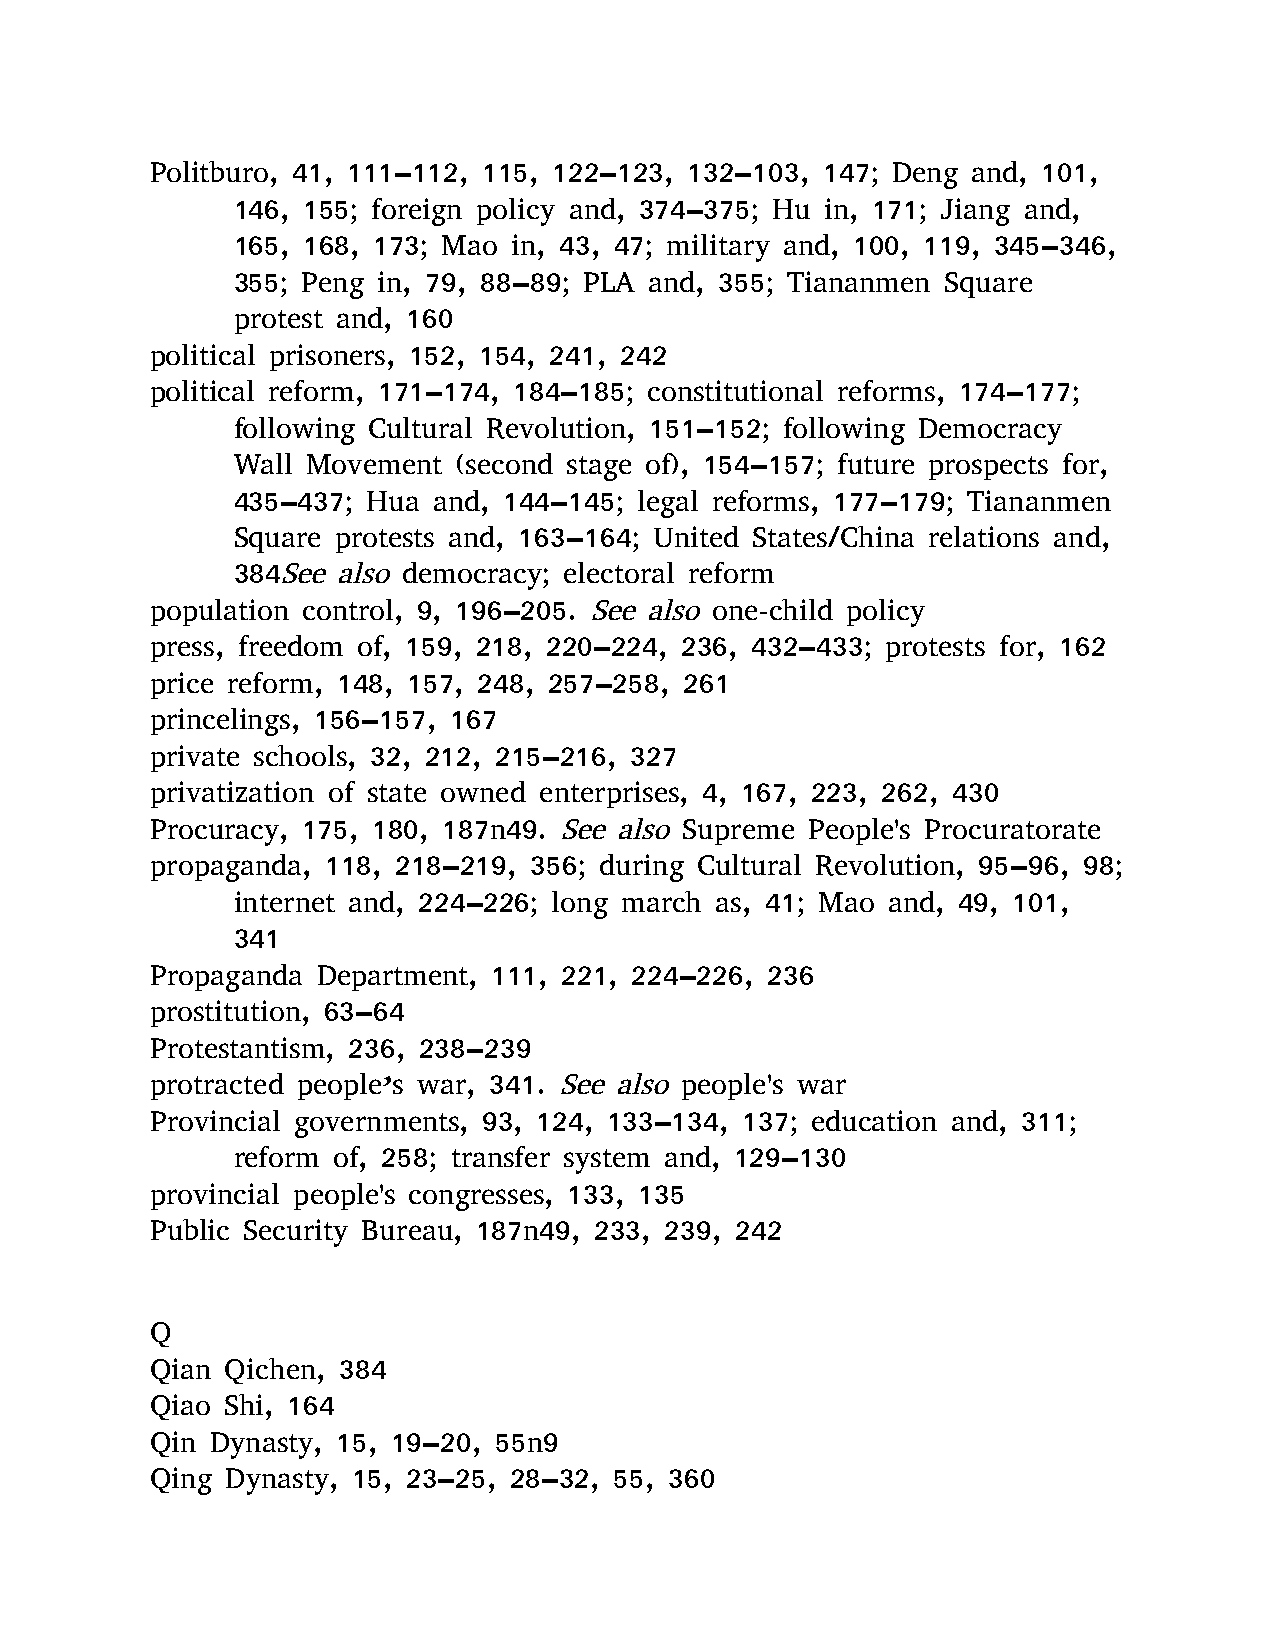
Politburo, 41, 111–112, 115, 122–123, 132–103, 147; Deng and, 101,
 146, 155; foreign policy and, 374–375; Hu in, 171; Jiang and,
 165, 168, 173; Mao in, 43, 47; military and, 100, 119, 345–346,
 355; Peng in, 79, 88–89; PLA and, 355; Tiananmen Square
 protest and, 160
 political prisoners, 152, 154, 241, 242
 political reform, 171–174, 184–185; constitutional reforms, 174–177;
 following Cultural Revolution, 151–152; following Democracy
 Wall Movement  (second stage of), 154–157; future prospects for,
 435–437; Hua  and, 144–145; legal reforms, 177–179; Tiananmen
 Square protests and, 163–164; United States/China relations and,
 384See also democracy; electoral reform
 population control, 9, 196–205. See also one-child policy
 press, freedom of, 159, 218, 220–224, 236, 432–433; protests for, 162
 price reform, 148, 157, 248, 257–258, 261
 princelings, 156–157, 167
 private schools, 32, 212, 215–216, 327
 privatization of state owned enterprises, 4, 167, 223, 262, 430
 Procuracy, 175, 180, 187n49. See also Supreme People's Procuratorate
 propaganda, 118, 218–219, 356; during Cultural Revolution, 95–96, 98;
 internet and, 224–226; long march as, 41; Mao and, 49, 101,
 341
 Propaganda Department, 111, 221, 224–226, 236
 prostitution, 63–64
 Protestantism, 236, 238–239
 protracted people’s war, 341. See also people's war
 Provincial governments, 93, 124, 133–134, 137; education and, 311;
 reform of, 258; transfer system and, 129–130
 provincial people's congresses, 133, 135
 Public Security Bureau, 187n49, 233, 239, 242
 Q
 Qian Qichen, 384
 Qiao Shi, 164
 Qin Dynasty, 15, 19–20, 55n9
 Qing Dynasty, 15, 23–25, 28–32, 55, 360